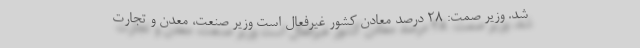
شد. وزیر صمت: ۲۸ درصد معادن کشور غیرفعال است وزیر صنعت، معدن و تجارت